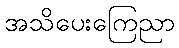
အသိပေးကြေညာ